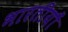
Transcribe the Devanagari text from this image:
भारतीयौं